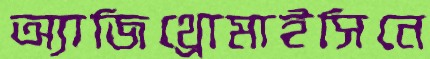
অ্যাজিথ্রোমাইসিনে